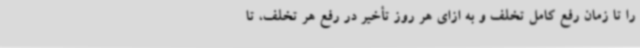
را تا زمان رفع کامل تخلف و به ازای هر روز تأخیر در رفع هر تخلف، تا